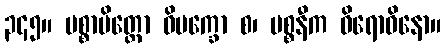
၃၄၅။ ပစ္စာမိတ္တော ဝိပက္ခော စ၊ ပစ္စနီက ဝိရောဓိနော။